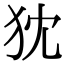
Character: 𤜴